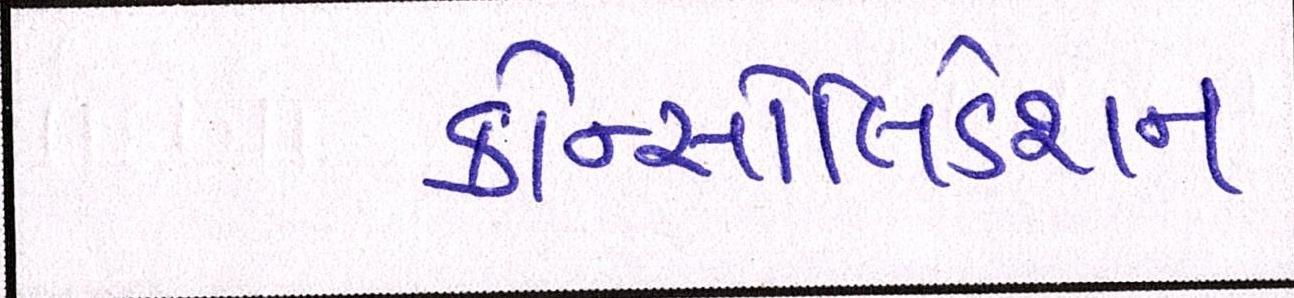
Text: કોન્સોલિડેશન